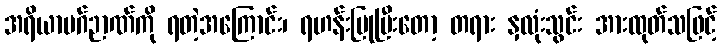
အရိယာမဂ်ဉာဏ်ကို ရတဲ့အကြောင်း၊ ရဟန်းပြုပြီးတော့ တရား နှလုံးသွင်း အားထုတ်သဖြင့်